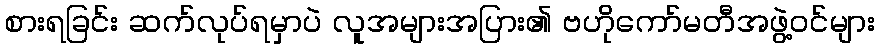
စားရခြင်း ဆက်လုပ်ရမှာပဲ လူအများအပြား၏ ဗဟိုကော်မတီအဖွဲ့ဝင်များ